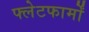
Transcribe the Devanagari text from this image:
फ्लेटफार्मों